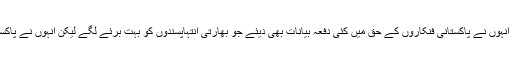
اپنی سوچ میں تبدیلی کے بعد انہوں نے پاکستانی فنکاروں کے حق میں کئی دفعہ بیانات بھی دیئے جو بھارتی انتہاپسندوں کو بہت برئے لگے لیکن انہوں نے پاکستان کی حمایت جاری رکھی۔